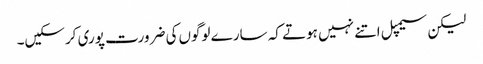
لیکن سیمپل اتنے نہیں ہوتے کہ سارے لوگوں‌کی ضرورت پوری کرسکیں۔